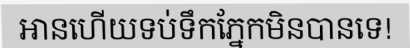
អានហើយទប់ទឹកភ្នែកមិនបានទេ!